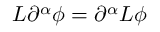
L \partial ^ { \alpha } \phi = \partial ^ { \alpha } L \phi